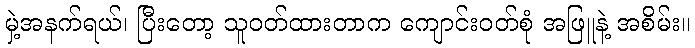
မှဲ့အနက်ရယ်၊ ပြီးတော့ သူဝတ်ထားတာက ကျောင်းဝတ်စုံ အဖြူနဲ့ အစိမ်း။